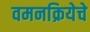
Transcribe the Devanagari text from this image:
वमनक्रियेचे